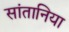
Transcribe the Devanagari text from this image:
सांतानिया